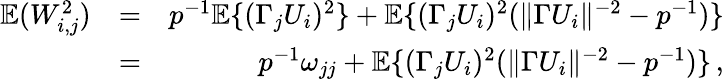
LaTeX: \begin{array}{rlr}{{\mathbb{E}}(W_{i,j}^{2})}&{=}&{p^{-1}{\mathbb{E}}\{ (\Gamma_{j}U_{i})^{2}\} +{\mathbb{E}}\{ (\Gamma_{j}U_{i})^{2}(\| \Gamma U_{i}\| ^{-2}-p^{-1})\} }\\ &{=}&{p^{-1}\omega_{jj}+{\mathbb{E}}\{ (\Gamma_{j}U_{i})^{2}(\| \Gamma U_{i}\| ^{-2}-p^{-1})\} \, ,}\end{array}